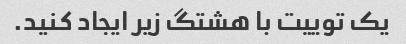
یک توییت با هشتگ زیر ایجاد کنید.